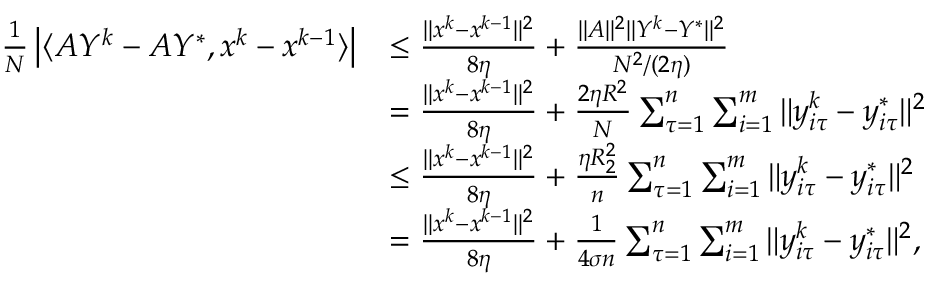
\begin{array} { r l } { \frac { 1 } { N } \left| \langle A Y ^ { k } - A Y ^ { * } , x ^ { k } - x ^ { k - 1 } \rangle \right| } & { \leq \frac { \| x ^ { k } - x ^ { k - 1 } \| ^ { 2 } } { 8 \eta } + \frac { \| A \| ^ { 2 } \| Y ^ { k } - Y ^ { * } \| ^ { 2 } } { N ^ { 2 } / ( 2 \eta ) } } \\ & { = \frac { \| x ^ { k } - x ^ { k - 1 } \| ^ { 2 } } { 8 \eta } + \frac { 2 \eta R ^ { 2 } } { N } \sum _ { \tau = 1 } ^ { n } \sum _ { i = 1 } ^ { m } \| y _ { i \tau } ^ { k } - y _ { i \tau } ^ { * } \| ^ { 2 } } \\ & { \leq \frac { \| x ^ { k } - x ^ { k - 1 } \| ^ { 2 } } { 8 \eta } + \frac { \eta { \cal R } _ { 2 } ^ { 2 } } { n } \sum _ { \tau = 1 } ^ { n } \sum _ { i = 1 } ^ { m } \| y _ { i \tau } ^ { k } - y _ { i \tau } ^ { * } \| ^ { 2 } } \\ & { = \frac { \| x ^ { k } - x ^ { k - 1 } \| ^ { 2 } } { 8 \eta } + \frac { 1 } { 4 \sigma n } \sum _ { \tau = 1 } ^ { n } \sum _ { i = 1 } ^ { m } \| y _ { i \tau } ^ { k } - y _ { i \tau } ^ { * } \| ^ { 2 } , } \end{array}